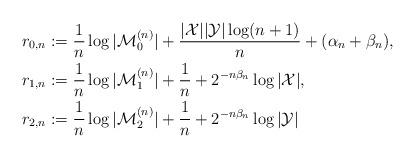
LaTeX: \begin{align*}r_{0,n} &:= \frac{1}{n} \log |{\cal M}_0^{(n)}| + \frac{|{\cal X}||{\cal Y}| \log (n+1)}{n} + (\alpha_n + \beta_n), \\r_{1,n} &:= \frac{1}{n} \log |{\cal M}_1^{(n)}| + \frac{1}{n} + 2^{- n \beta_n} \log |{\cal X}|, \\r_{2,n} &:= \frac{1}{n} \log |{\cal M}_2^{(n)}| + \frac{1}{n} + 2^{- n \beta_n} \log |{\cal Y}|\end{align*}